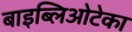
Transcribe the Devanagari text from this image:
बाइब्लिओटेका